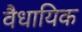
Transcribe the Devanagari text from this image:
वैधायिक